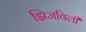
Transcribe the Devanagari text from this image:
झिजविली